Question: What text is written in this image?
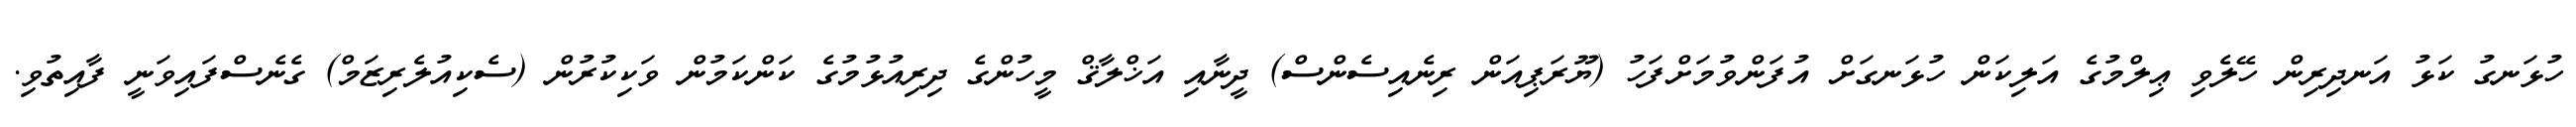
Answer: ހުޅަނގު ކަޅު އަނދިރިން ހޭލެވި ޢިލްމުގެ އަލިކަން ހުޅަނގަށް އުފަންވުމަށްފަހު (ޔޫރަޕިއަން ރިނެއިސެންސް) ދީނާއި އަޚްލާޤް މީހުންގެ ދިރިއުޅުމުގެ ކަންކަމުން ވަކިކުރުން (ސެކިއުލެރިޒަމް) ގެނެސްފައިވަނީ ފާއިތުވި.